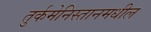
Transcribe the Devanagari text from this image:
तुर्कमेनिस्तानमधील